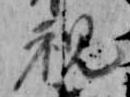
視